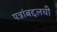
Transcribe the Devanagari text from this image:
पत्रांबद्दलची